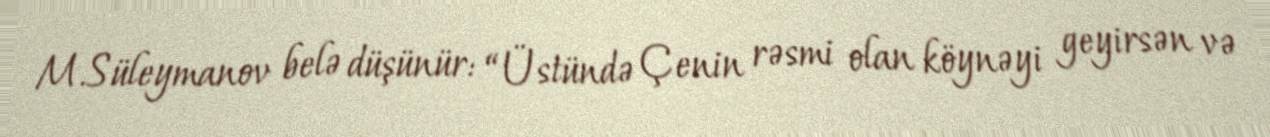
M.Süleymanov belə düşünür: “Üstündə Çenin rəsmi olan köynəyi geyirsən və